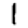
Digit: 1